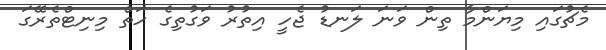
މެޗުގައި މިޔަންމާ ތިން ވަނަ ލަނޑު ޖެހީ އިތުރު ވަގުތިގެ ހަތް މިނިޓްތެރޭގަ